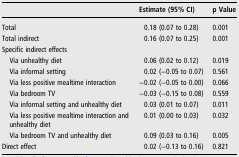
|  | Estimate (95% CI) | p Value |
 | --- | --- | --- |
 | Total | 0.18 (0.07 to 0.28) | 0.001 |
 | Total indirect | 0.16 (0.07 to 0.25) | 0.001 |
 | <COLSPAN=3> Specific indirect effects |
 | Via unhealthy diet | 0.06 (0.02 to 0.12) | 0.019 |
 | Via informal setting | 0.02 (−0.05 to 0.07) | 0.561 |
 | Via less positive mealtime interaction | −0.02 (−0.05 to 0.00) | 0.066 |
 | Via bedroom TV | −0.03 (−0.15 to 0.08) | 0.559 |
 | Via informal setting and unhealthy diet | 0.03 (0.01 to 0.07) | 0.011 |
 | Via less positive mealtime interaction and unhealthy diet | 0.01 (0.00 to 0.03) | 0.032 |
 | Via bedroom TV and unhealthy diet | 0.09 (0.03 to 0.16) | 0.005 |
 | Direct effect | 0.02 (−0.13 to 0.16) | 0.821 |